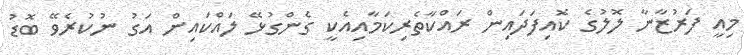
މިއީ ފަރުޒާނާ ލޮލުގެ ކޮއިފަދައިން ރައްކާތެރިކަމާއިއެކީ ގެންގުޅޭ ލައްކައިން އަގު ނުކުރެވޭ ބޮޑު